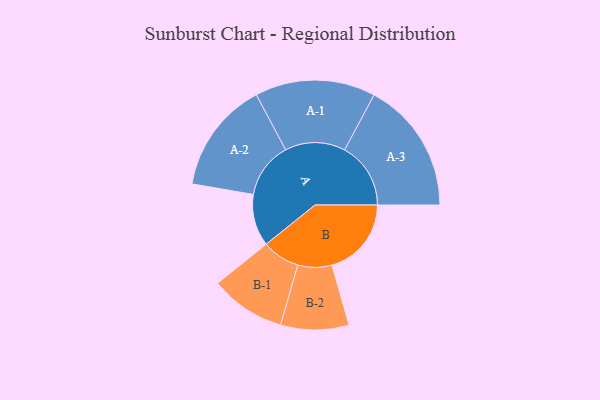
{"axis": {"x": "Segment", "y": "Value"}, "legend": ["", "A", "B"], "data": [{"x": "A", "y": 157, "type": ""}, {"x": "B", "y": 240, "type": ""}, {"x": "A-1", "y": 182, "type": "A"}, {"x": "A-2", "y": 169, "type": "A"}, {"x": "A-3", "y": 200, "type": "A"}, {"x": "B-1", "y": 114, "type": "B"}, {"x": "B-2", "y": 103, "type": "B"}]}